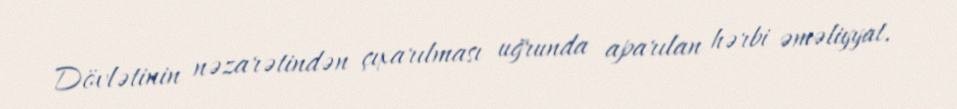
Dövlətinin nəzarətindən çıxarılması uğrunda aparılan hərbi əməliyyat.